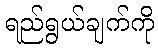
ရည်ရွယ်ချက်ကို